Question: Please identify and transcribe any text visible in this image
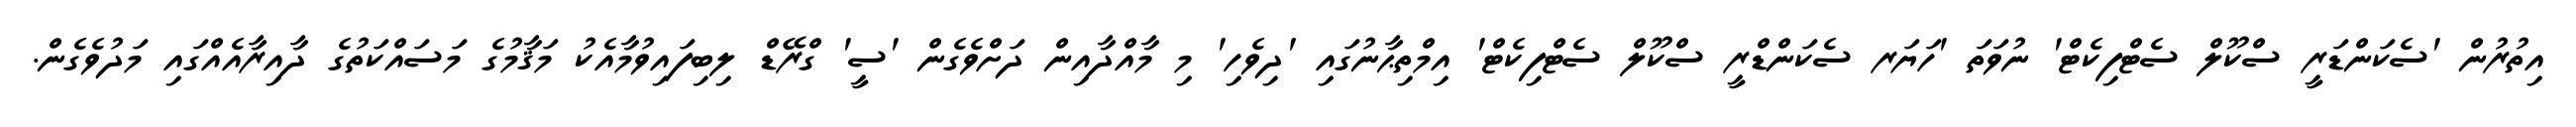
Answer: އިތުރުން 'ސެކަންޑަރީ ސްކޫލް ސެޓްފިކެޓް' ނުވަތަ 'ހަޔަރ ސެކަންޑްރީ ސްކޫލް ސެޓްފިކެޓް' އިމްތިޙާނުގައި 'ދިވެހި' މި މާއްދާއިން ދަށްވެގެން 'ސީ' ގްރޭޑް ލިބިފައިވުމާއެކު މަޤާމުގެ މަސައްކަތުގެ ދާއިރާއެއްގައި މަދުވެގެން.